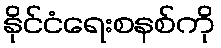
နိုင်ငံရေးစနစ်ကို